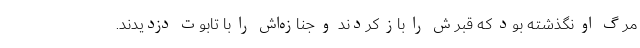
مرگ او نگذشته بود که قبرش را باز کردند و جنازه‌اش را با تابوت دزدیدند.